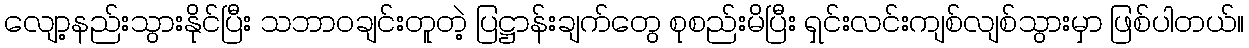
လျော့နည်းသွားနိုင်ပြီး သဘာဝချင်းတူတဲ့ ပြဋ္ဌာန်းချက်တွေ စုစည်းမိပြီး ရှင်းလင်းကျစ်လျစ်သွားမှာ ဖြစ်ပါတယ်။